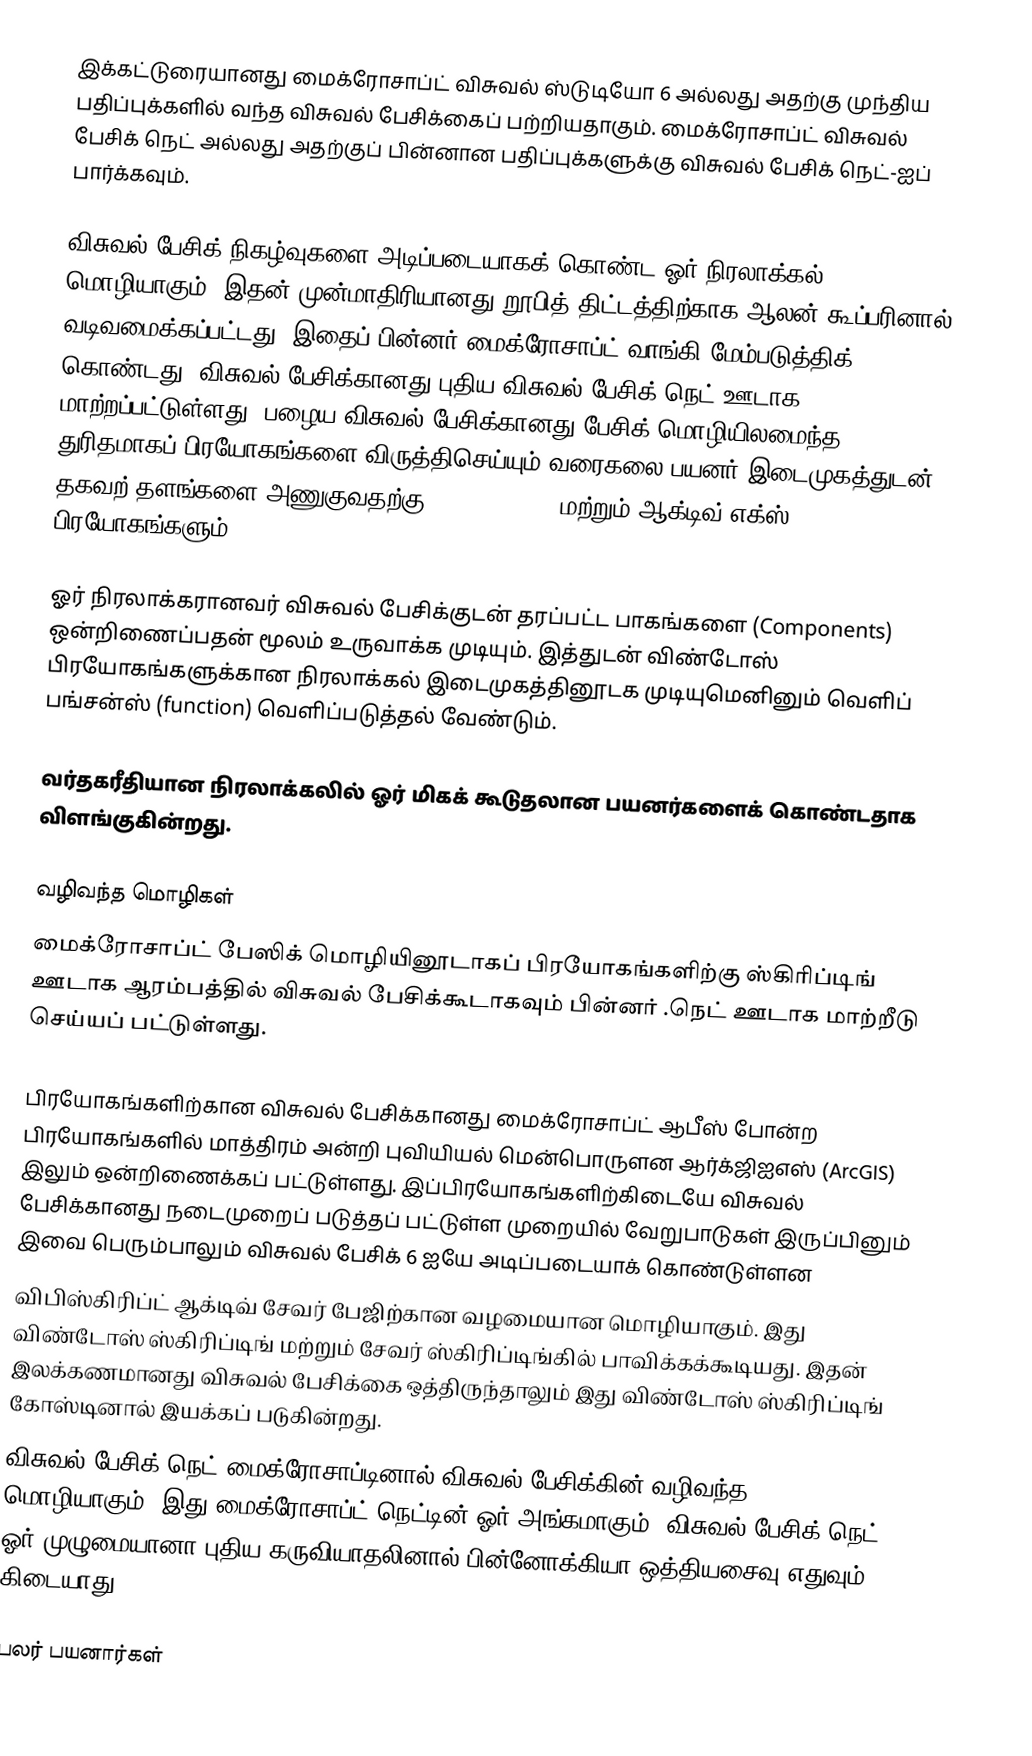
இக்கட்டுரையானது மைக்ரோசாப்ட் விசுவல் ஸ்டுடியோ 6 அல்லது அதற்கு முந்திய பதிப்புக்களில் வந்த விசுவல் பேசிக்கைப் பற்றியதாகும். மைக்ரோசாப்ட் விசுவல் பேசிக் நெட் அல்லது அதற்குப் பின்னான பதிப்புக்களுக்கு விசுவல் பேசிக் நெட்-ஐப் பார்க்கவும்.

விசுவல் பேசிக் நிகழ்வுகளை அடிப்படையாகக் கொண்ட ஓர் நிரலாக்கல் மொழியாகும். இதன் முன்மாதிரியானது றூபித் திட்டத்திற்காக ஆலன் கூப்பரினால் வடிவமைக்கப்பட்டது. இதைப் பின்னர் மைக்ரோசாப்ட் வாங்கி மேம்படுத்திக் கொண்டது. விசுவல் பேசிக்கானது புதிய விசுவல் பேசிக் நெட் ஊடாக மாற்றப்பட்டுள்ளது. பழைய விசுவல் பேசிக்கானது பேசிக் மொழியிலமைந்த துரிதமாகப் பிரயோகங்களை விருத்திசெய்யும் வரைகலை பயனர் இடைமுகத்துடன் தகவற் தளங்களை அணுகுவதற்கு DAO, RDO, ADO மற்றும் ஆக்டிவ் எக்ஸ் பிரயோகங்களும்.

ஓர் நிரலாக்கரானவர் விசுவல் பேசிக்குடன் தரப்பட்ட பாகங்களை (Components) ஒன்றிணைப்பதன் மூலம் உருவாக்க முடியும். இத்துடன் விண்டோஸ் பிரயோகங்களுக்கான நிரலாக்கல் இடைமுகத்தினூடக முடியுமெனினும் வெளிப் பங்சன்ஸ் (function) வெளிப்படுத்தல் வேண்டும்.

வர்தகரீதியான நிரலாக்கலில் ஓர் மிகக் கூடுதலான பயனர்களைக் கொண்டதாக விளங்குகின்றது.

வழிவந்த மொழிகள்
மைக்ரோசாப்ட் பேஸிக் மொழியினூடாகப் பிரயோகங்களிற்கு ஸ்கிரிப்டிங் ஊடாக ஆரம்பத்தில் விசுவல் பேசிக்கூடாகவும் பின்னர் .நெட் ஊடாக மாற்றீடு செய்யப் பட்டுள்ளது.

 பிரயோகங்களிற்கான விசுவல் பேசிக்கானது மைக்ரோசாப்ட் ஆபீஸ் போன்ற பிரயோகங்களில் மாத்திரம் அன்றி புவியியல் மென்பொருளன ஆர்க்ஜிஐஎஸ் (ArcGIS) இலும் ஒன்றிணைக்கப் பட்டுள்ளது. இப்பிரயோகங்களிற்கிடையே விசுவல் பேசிக்கானது நடைமுறைப் படுத்தப் பட்டுள்ள முறையில் வேறுபாடுகள் இருப்பினும் இவை பெரும்பாலும் விசுவல் பேசிக் 6 ஐயே அடிப்படையாக் கொண்டுள்ளன
 விபிஸ்கிரிப்ட் ஆக்டிவ் சேவர் பேஜிற்கான வழமையான மொழியாகும். இது விண்டோஸ் ஸ்கிரிப்டிங் மற்றும் சேவர் ஸ்கிரிப்டிங்கில் பாவிக்கக்கூடியது. இதன் இலக்கணமானது விசுவல் பேசிக்கை ஒத்திருந்தாலும் இது விண்டோஸ் ஸ்கிரிப்டிங் கோஸ்டினால் இயக்கப் படுகின்றது.
 விசுவல் பேசிக் நெட் மைக்ரோசாப்டினால் விசுவல் பேசிக்கின் வழிவந்த மொழியாகும். இது மைக்ரோசாப்ட்.நெட்டின் ஓர் அங்கமாகும். விசுவல் பேசிக்.நெட் ஓர் முழுமையானா புதிய கருவியாதலினால் பின்னோக்கியா ஒத்தியசைவு எதுவும் கிடையாது.

பலர் பயனார்கள்